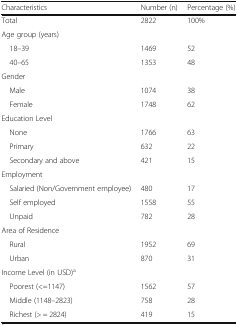
<table><thead><tr><td><b>Characteristics</b></td><td><b>Number (n)</b></td><td><b>Percentage (%)</b></td></tr></thead><tbody><tr><td>Total</td><td>2822</td><td>100%</td></tr><tr><td colspan="3">Age group (years)</td></tr><tr><td> 18–39</td><td>1469</td><td>52</td></tr><tr><td> 40–65</td><td>1353</td><td>48</td></tr><tr><td colspan="3">Gender</td></tr><tr><td> Male</td><td>1074</td><td>38</td></tr><tr><td> Female</td><td>1748</td><td>62</td></tr><tr><td colspan="3">Education Level</td></tr><tr><td> None</td><td>1766</td><td>63</td></tr><tr><td> Primary</td><td>632</td><td>22</td></tr><tr><td> Secondary and above</td><td>421</td><td>15</td></tr><tr><td colspan="3">Employment</td></tr><tr><td> Salaried (Non/Government employee)</td><td>480</td><td>17</td></tr><tr><td> Self employed</td><td>1558</td><td>55</td></tr><tr><td> Unpaid</td><td>782</td><td>28</td></tr><tr><td colspan="3">Area of Residence</td></tr><tr><td> Rural</td><td>1952</td><td>69</td></tr><tr><td> Urban</td><td>870</td><td>31</td></tr><tr><td colspan="3">Income Level (in USD)<sup>a</sup></td></tr><tr><td> Poorest (&lt;=1147)</td><td>1562</td><td>57</td></tr><tr><td> Middle (1148–2823)</td><td>758</td><td>28</td></tr><tr><td> Richest (&gt; = 2824)</td><td>419</td><td>15</td></tr></tbody></table>